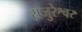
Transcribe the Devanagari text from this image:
राजुरेश्वर